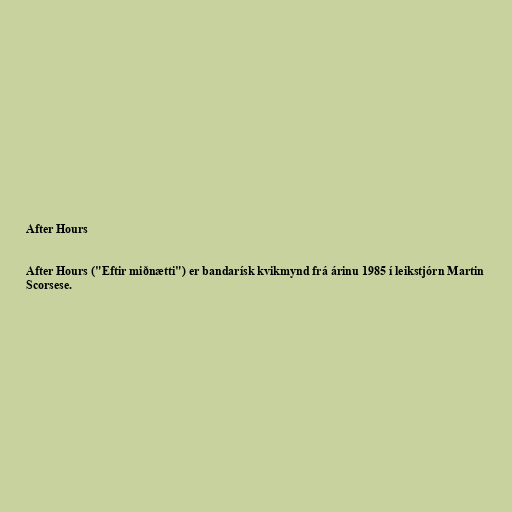
After Hours

After Hours ("Eftir miðnætti") er bandarísk kvikmynd frá árinu 1985 í leikstjórn Martin
Scorsese.